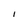
Character: I